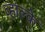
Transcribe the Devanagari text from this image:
व्हाल्के